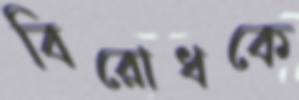
বিরোধকে